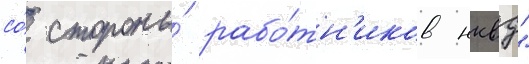
со́ стороны́ рабо́тн'иков нквд"